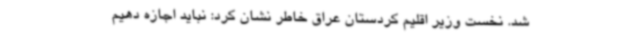
شد. نخست وزیر اقلیم کردستان عراق خاطر نشان کرد: نباید اجازه دهیم